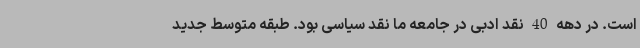
است. در دهه 40 نقد ادبی در جامعه ما نقد سیاسی بود. طبقه متوسط جدید